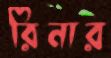
রিনার